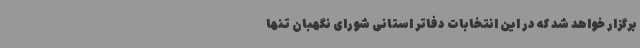
برگزار خواهد شد که در این انتخابات دفاتر استانی شورای نگهبان تنها